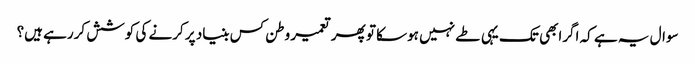
سوال یہ ہے کہ اگرابھی تک یہی طے نہیں ہوسکا تو پھر تعمیر وطن کس بنیاد پر کرنے کی کوشش کررہے ہیں؟